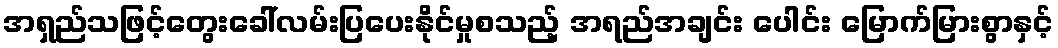
အရှည်သဖြင့်တွေးခေါ်လမ်းပြပေးနိုင်မှုစသည့် အရည်အချင်း ပေါင်း မြောက်မြားစွာနှင့်